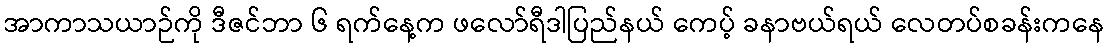
အာကာသယာဉ်ကို ဒီဇင်ဘာ ၆ ရက်နေ့က ဖလော်ရီဒါပြည်နယ် ကေပ့် ခနာဗယ်ရယ် လေတပ်စခန်းကနေ